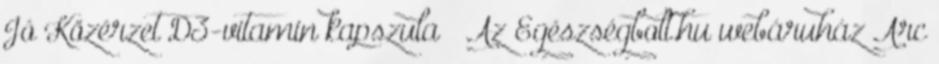
Jó Közérzet D3-vitamin kapszula » Az Egészségbolt.hu webáruház Arc